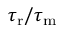
{ \tau _ { \mathrm { r } } } / { \tau _ { \mathrm { m } } }